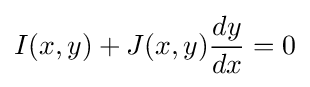
I(x,y)+J(x,y){dy \over dx}=0